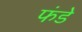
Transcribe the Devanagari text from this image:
फंडे